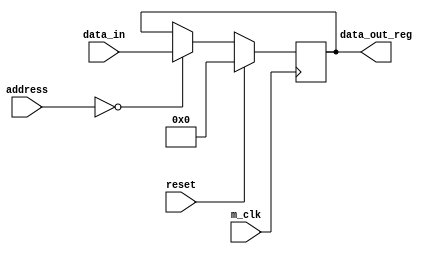
module TRANSMITTER_HOLDING_REGISTER(m_clk,reset,data_in,address,data_out_reg);
input wire m_clk;
input wire reset;
input wire [7:0] data_in;
input wire[15:0] address;

output reg [7:0] data_out_reg;

always @(posedge m_clk)
 begin
 if(reset==1'b1) 
  begin
   data_out_reg<=8'h00;
  end
  else
  if(address==16'h0000)
  begin
   data_out_reg<=data_in;
  end
end
endmodule